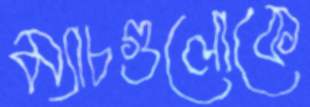
ম্যাচগুলোকে